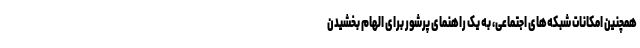
همچنین امکانات شبکه‌های اجتماعی، به یک راهنمای پرشور برای الهام بخشیدن